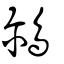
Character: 鸍